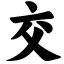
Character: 交